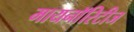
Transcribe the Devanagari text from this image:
मायनाॅरिटीज